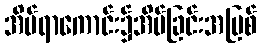
အိပ်ရာကောင်း၌အိပ်ခြင်းအပြစ်